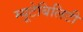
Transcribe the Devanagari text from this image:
म्यूटेबिलिटी